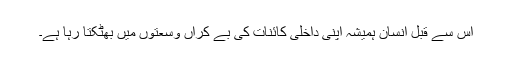
اس سے قبل انسان ہمیشہ اپنی داخلی کائنات کی بے کراں وسعتوں میں بھٹکتا رہا ہے۔